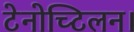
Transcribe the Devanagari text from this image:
टेनोच्टिलन।